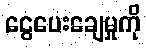
ငွေပေးချေမှုကို